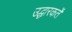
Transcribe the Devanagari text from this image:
उद्धारकर्ते